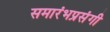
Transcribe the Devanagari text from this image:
समारंभप्रसंगी